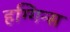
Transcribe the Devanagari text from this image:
हग्गिन्स